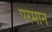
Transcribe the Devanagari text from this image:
परमान